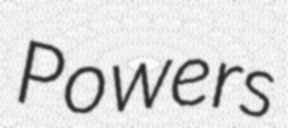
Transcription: Powers